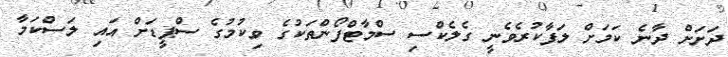
ދަށަށް ދާނެ ކަމަށް ލަފާކުރެވެނީ ގެލެކްސި ސްމާޓްފޯންތަކުގެ ވިކުމުގެ ސްޕީޑަށް އައި ލަސްކަމާ